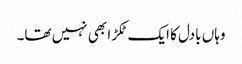
وہاں بادل کا ایک ٹکڑا بھی نہیں تھا۔